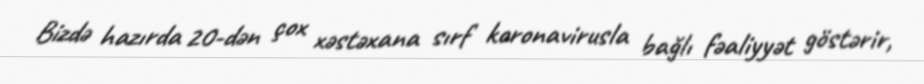
Bizdə hazırda 20-dən çox xəstəxana sırf koronavirusla bağlı fəaliyyət göstərir,